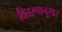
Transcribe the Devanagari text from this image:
वितरणानुसार